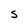
Character: S